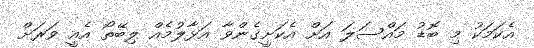
އެކަމަކު މި ބޮޑު މައްސަލަ އަށް އެކަށީގެންވާ އަޅާލުމެއް ލިބޭތޯ އެއީ ވަރަށް